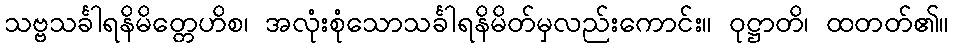
သဗ္ဗသင်္ခါရနိမိတ္တေဟိစ၊ အလုံးစုံသောသင်္ခါရနိမိတ်မှလည်းကောင်း။ ဝုဋ္ဌာတိ၊ ထတတ်၏။